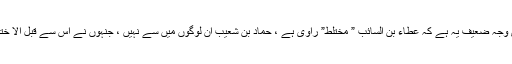
ب) دوسری وجہ ضعیف یہ ہے کہ عطاء بن السائب ” مختلط” راوی ہے ، حماد بن شعیب ان لوگوں میں سے نہیں ، جنہوں نے اس سے قبل الا ختالط سنا ہے۔